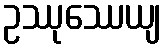
ဥဿုဿေယျ